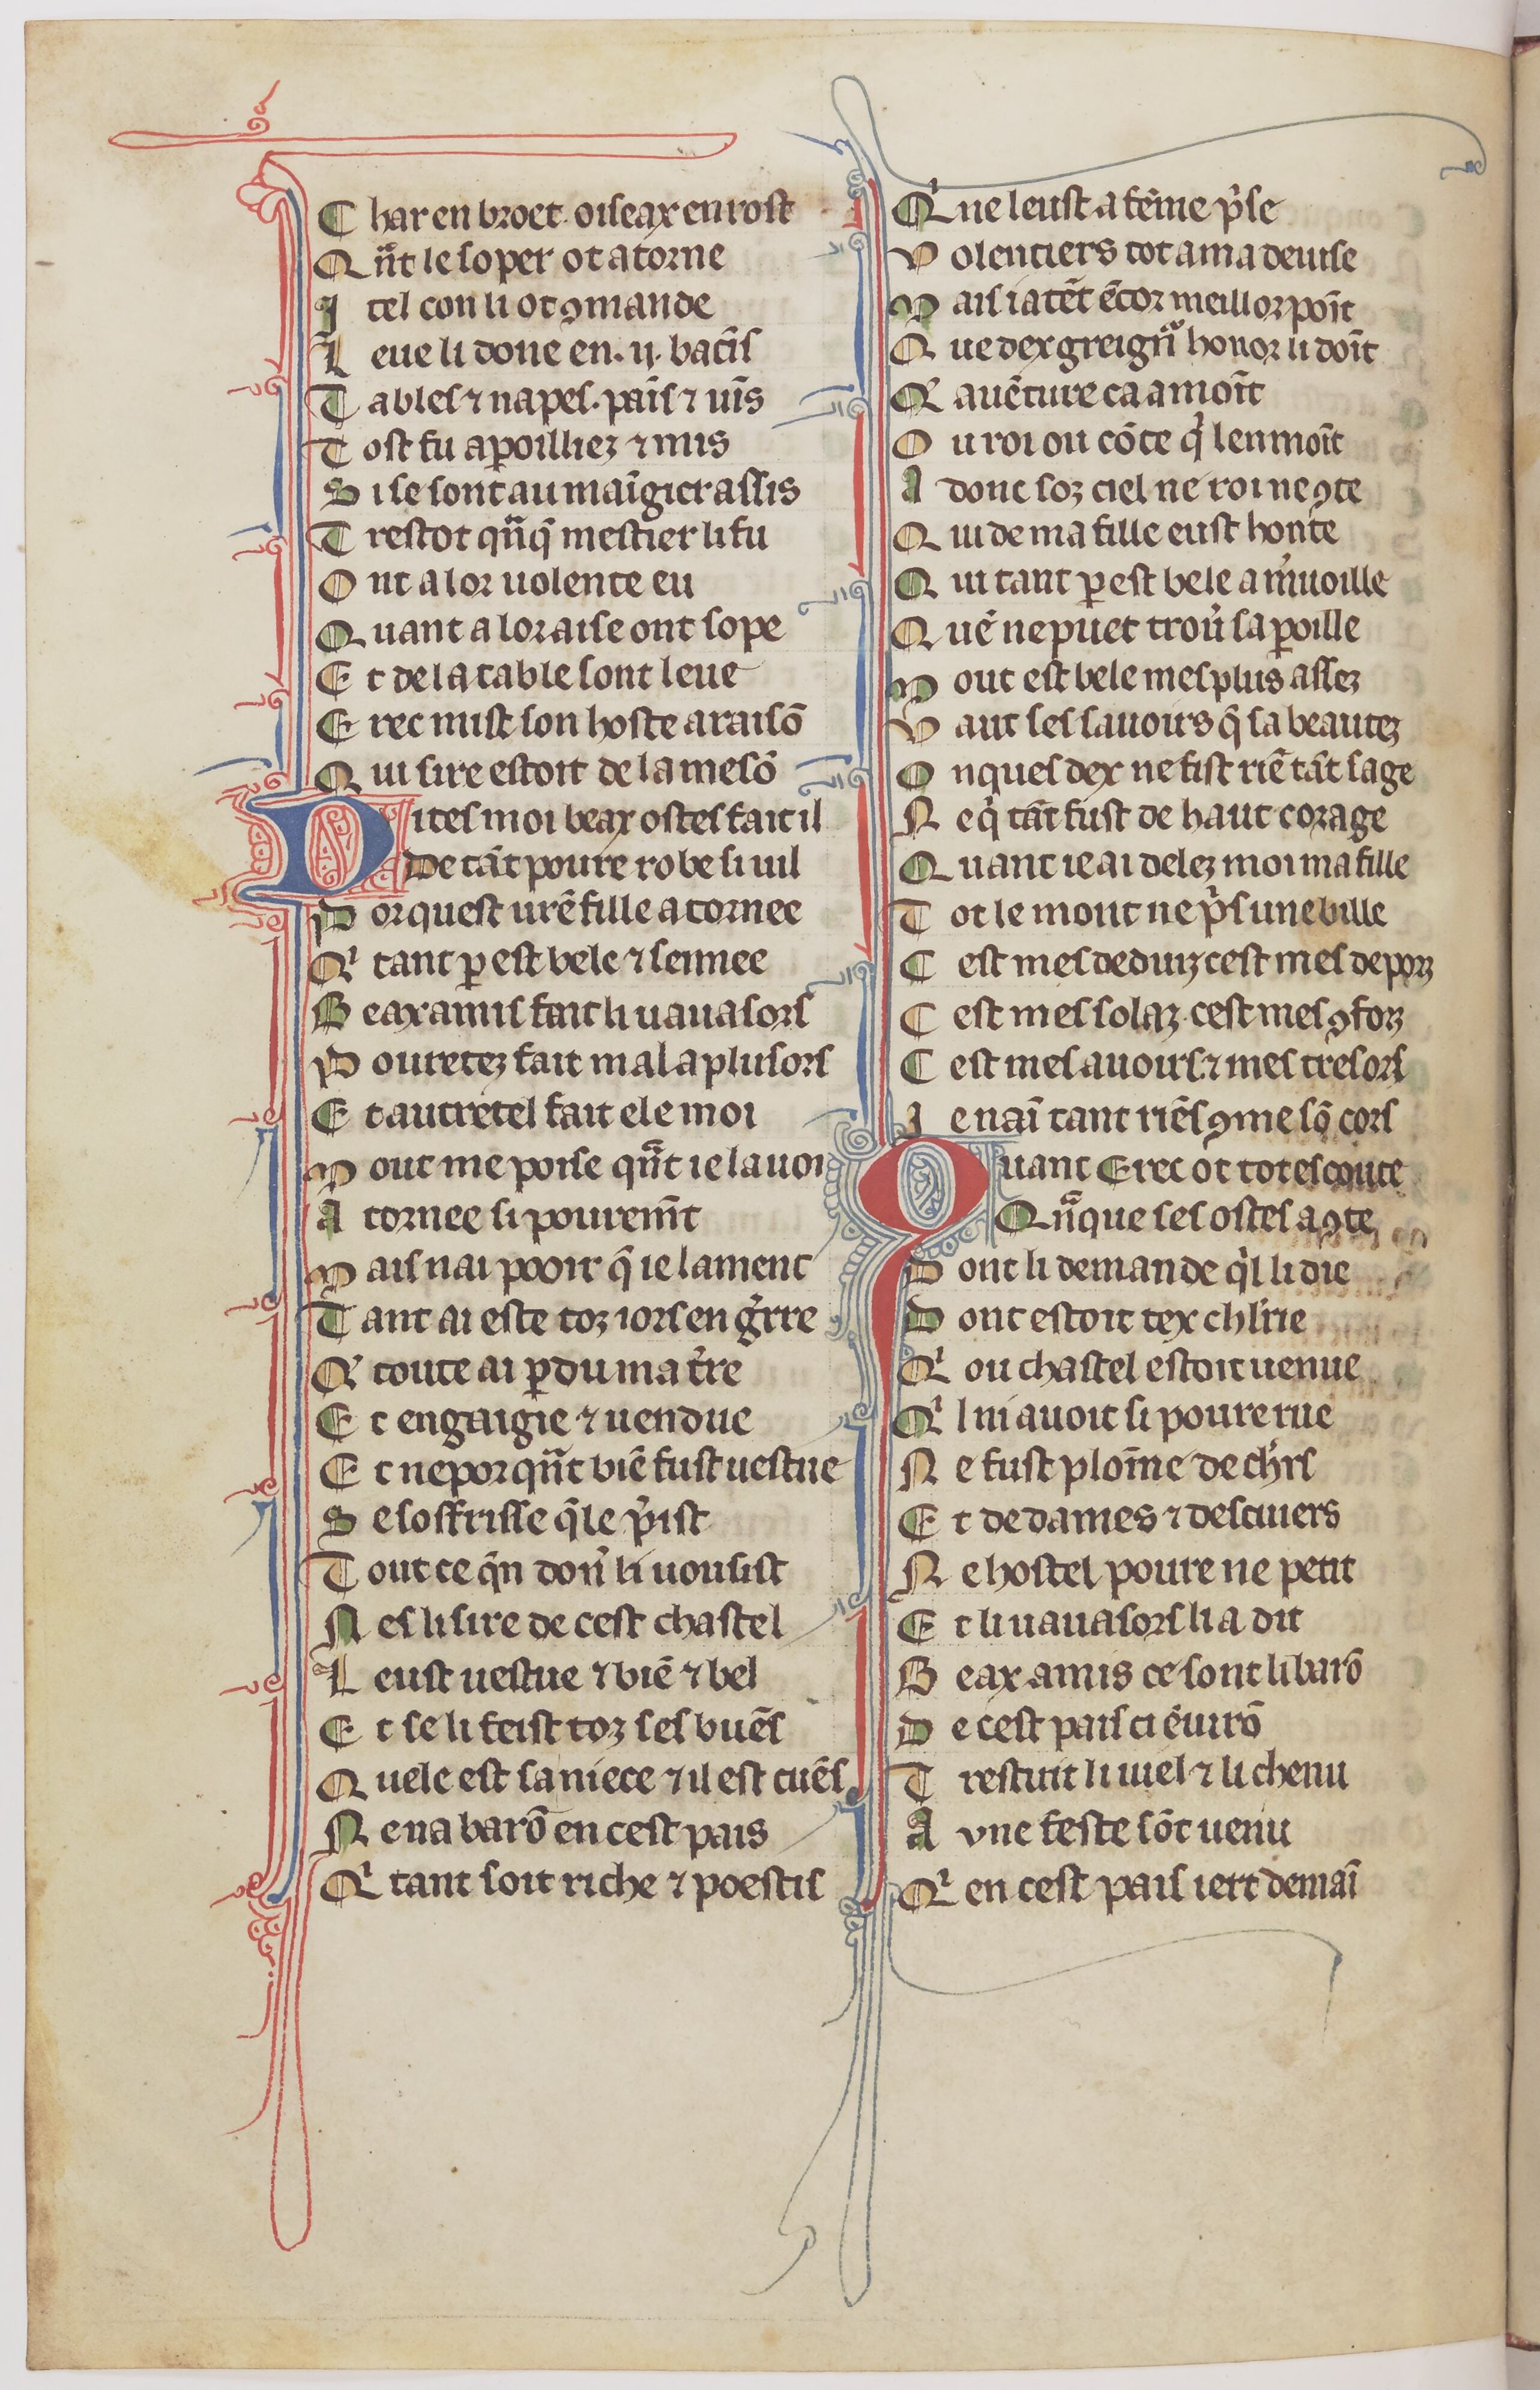
Shelfmark: Paris, BnF, fr. 1376
Century: 14